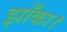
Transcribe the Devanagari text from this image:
झाँका।